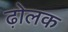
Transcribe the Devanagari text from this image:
ढ़ोलक